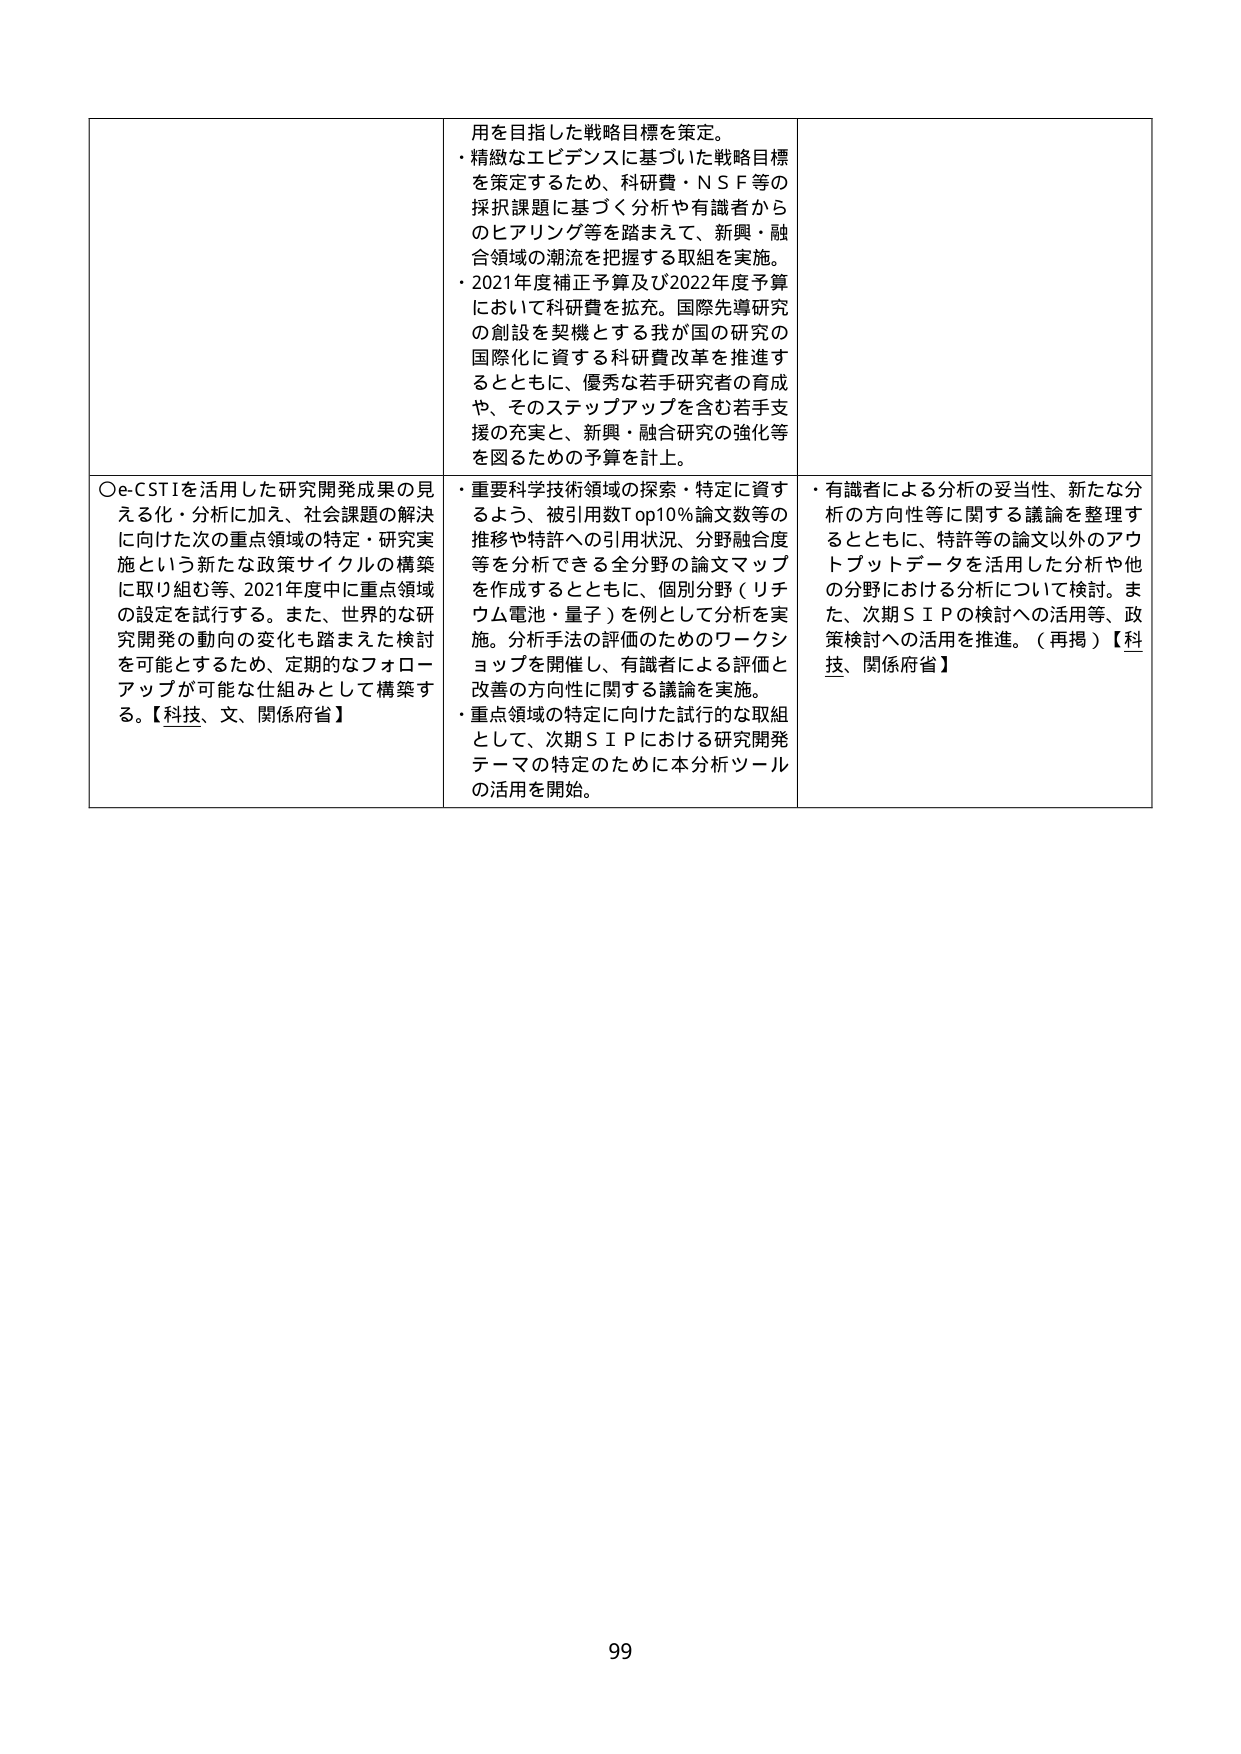
用を目指した戦略目標を策定。
・精緻なエビデンスに基づいた戦略目標
を策定するため、科研費・ＮＳＦ等の
採択課題に基づく分析や有識者から
のヒアリング等を踏まえて、新興・融
合領域の潮流を把握する取組を実施。
・2021年度補正予算及び2022年度予算
において科研費を拡充。国際先導研究
の創設を契機とする我が国の研究の
国際化に資する科研費改革を推進す
るとともに、優秀な若手研究者の育成
や、そのステップアップを含む若手支
援の充実と、新興・融合研究の強化等
を図るための予算を計上。

○e-CSTIを活用した研究開発成果の見
える化・分析に加え、社会課題の解決
に向けた次の重点領域の特定・研究実
施という新たな政策サイクルの構築
に取り組む等、2021年度中に重点領域
の設定を試行する。また、世界的な研
究開発の動向の変化も踏まえた検討
を可能とするため、定期的なフォロー
アップが可能な仕組みとして構築す
る。【科技、文、関係府省】

・重要科学技術領域の探索・特定に資す
るよう、被引用数Top10％論文数等の
推移や特許への引用状況、分野融合度
等を分析できる全分野の論文マップ
を作成するとともに、個別分野（リチ
ウム電池・量子）を例として分析を実
施。分析手法の評価のためのワークシ
ョップを開催し、有識者による評価と
改善の方向性に関する議論を実施。
・重点領域の特定に向けた試行的な取組
として、次期ＳＩＰにおける研究開発
テーマの特定のために本分析ツール
の活用を開始。

・有識者による分析の妥当性、新たな分
析の方向性等に関する議論を整理す
るとともに、特許等の論文以外のアウ
トプットデータを活用した分析や他
の分野における分析について検討。ま
た、次期ＳＩＰの検討への活用等、政
策検討への活用を推進。（再掲）【科
技、関係府省】

99